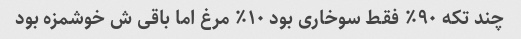
چند تکه ۹۰٪ فقط سوخاری بود ۱۰٪ مرغ اما باقی ش خوشمزه بود